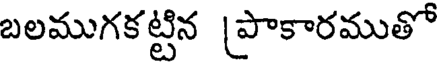
బలముగకట్టిన [పాకారముతో